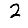
Digit: 2